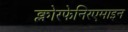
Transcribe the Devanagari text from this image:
क्लोरफेनिरएमाइन